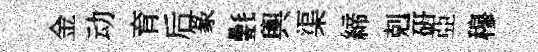
金动育后篆氎輿渠締剋硏亞穆